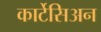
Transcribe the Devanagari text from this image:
कार्टेसिअन